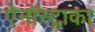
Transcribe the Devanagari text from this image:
ऐनॉस्ट्राका